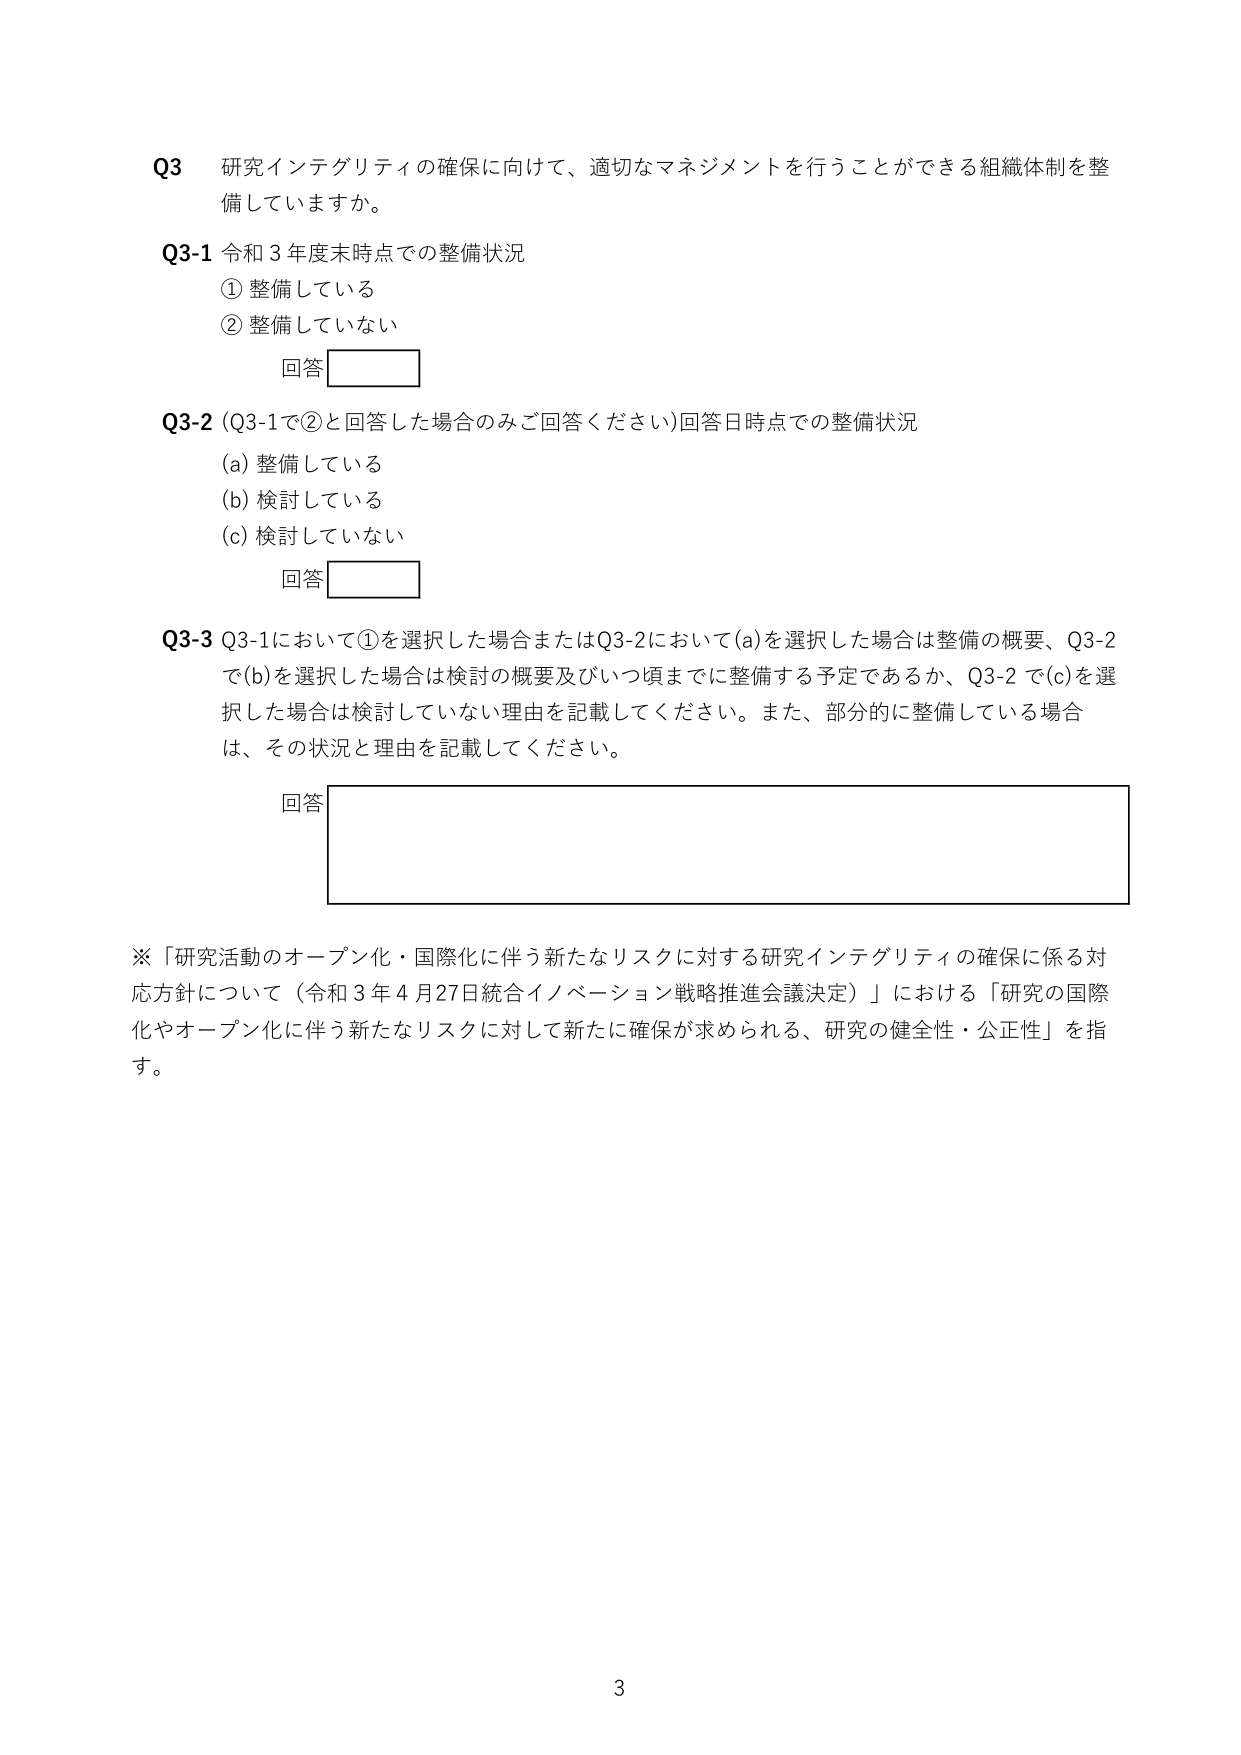
Q3 研究インテグリティの確保に向けて、適切なマネジメントを行うことができる組織体制を整備していますか。

Q3-1 令和3年度末時点での整備状況
① 整備している
② 整備していない
回答

Q3-2 (Q3-1で②と回答した場合のみご回答ください) 回答日時点での整備状況
(a) 整備している
(b) 検討している
(c) 検討していない
回答

Q3-3 Q3-1において①を選択した場合またはQ3-2において(a)を選択した場合は整備の概要、Q3-2で(b)を選択した場合は検討の概要及びいつ頃までに整備する予定であるか、Q3-2で(c)を選択した場合は検討していない理由を記載してください。また、部分的に整備している場合は、その状況と理由を記載してください。
回答

※「研究活動のオープン化・国際化に伴う新たなリスクに対する研究インテグリティの確保に係る対応方針について（令和3年4月27日統合イノベーション戦略推進会議決定）」における「研究の国際化やオープン化に伴う新たなリスクに対して新たに確保が求められる、研究の健全性・公正性」を指す。

3